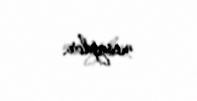
mesajdır.